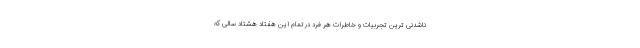
‌ناشدنی ترین تجربیات و خاطرات هر فرد درتمام این هفتاد هشتاد سالی که